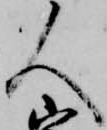
人